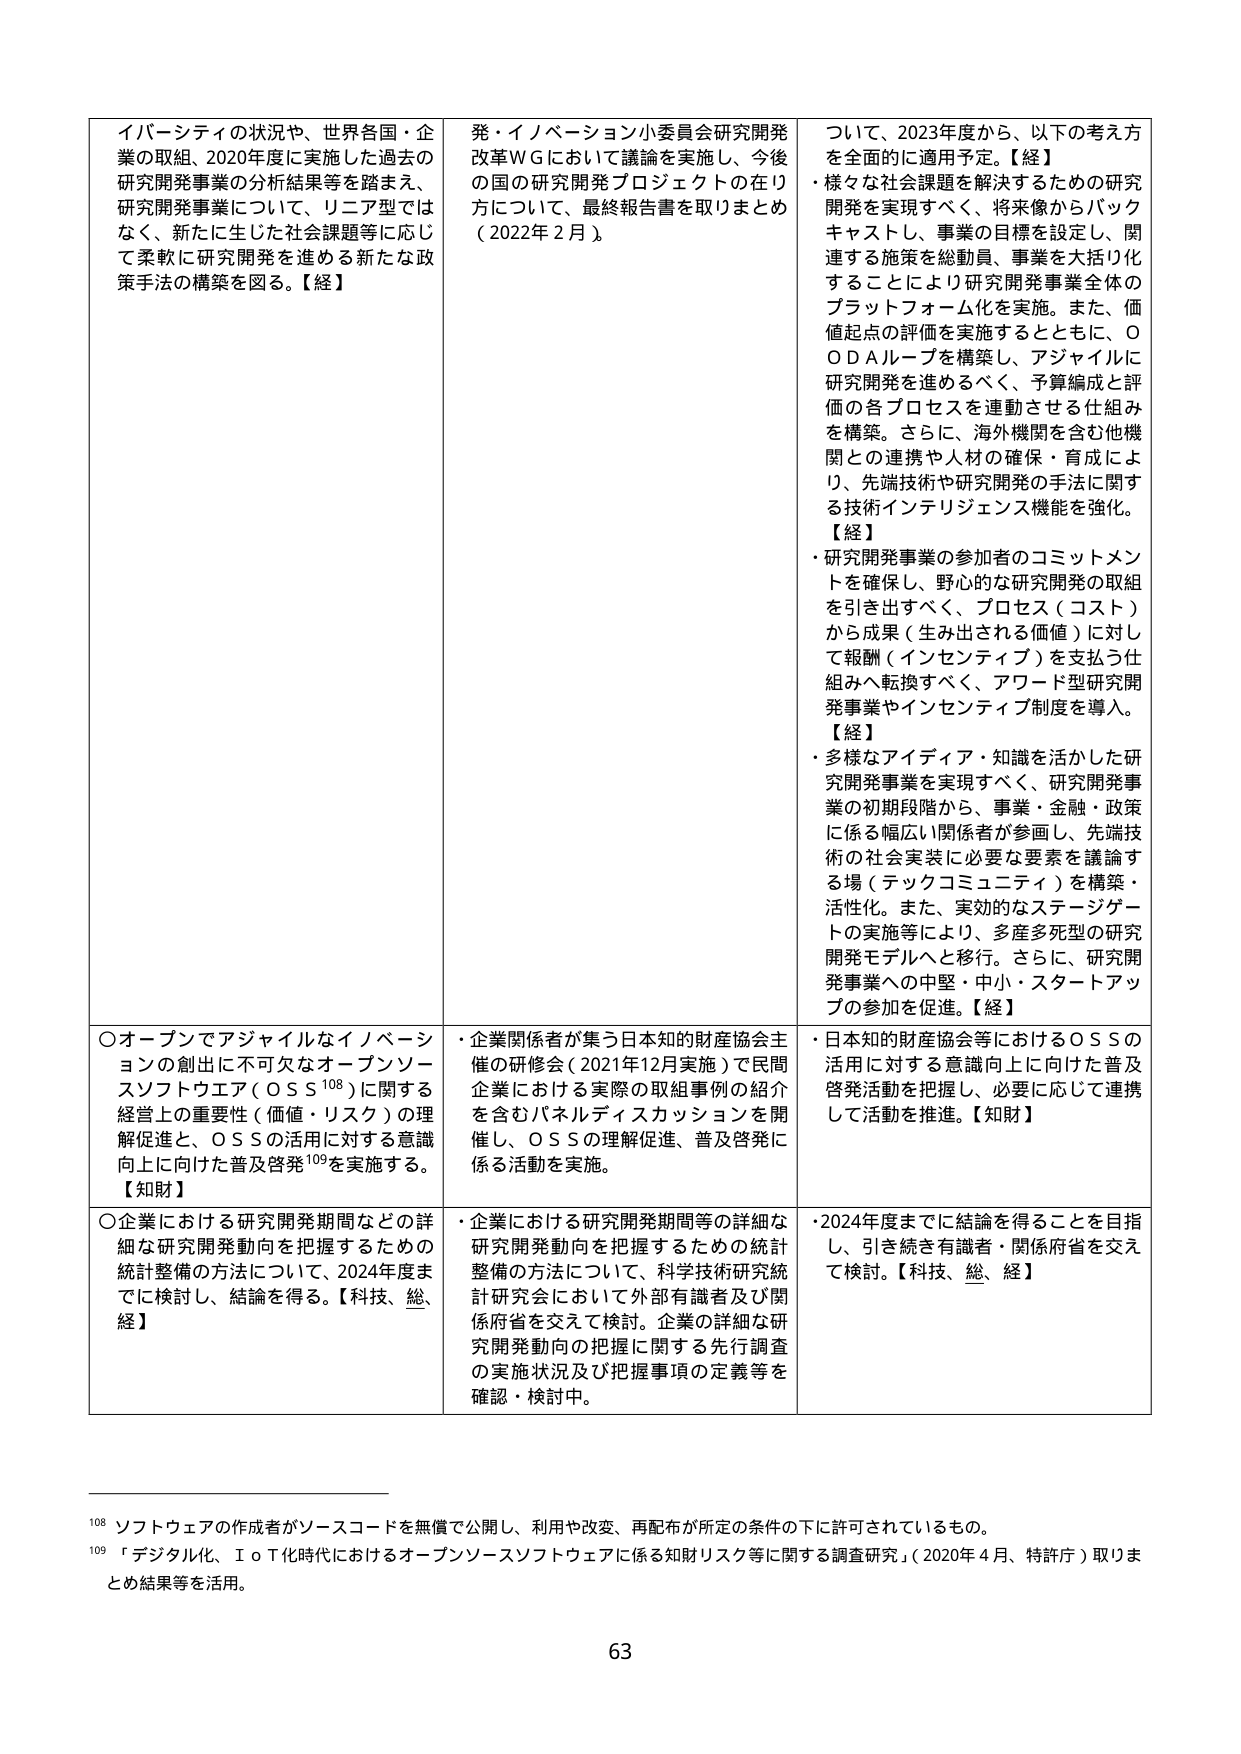
イバーシティの状況や、世界各国・企業の取組、2020年度に実施した過去の研究開発事業の分析結果等を踏まえ、研究開発事業について、リニア型ではなく、新たに生じた社会課題等に応じて柔軟に研究開発を進める新たな政策手法の構築を図る。【経】

発・イノベーション小委員会研究開発改革WGにおいて議論を実施し、今後の国の研究開発プロジェクトの在り方について、最終報告書を取りまとめ（2022年2月）。

ついて、2023年度から、以下の考え方を全面的に適用予定。【経】
・様々な社会課題を解決するための研究開発を実現すべく、将来像からバックキャストし、事業の目標を設定し、関連する施策を総動員、事業を大括り化することにより研究開発事業全体のプラットフォーム化を実施。また、価値起点の評価を実施するとともに、ＯＤＡループを構築し、アジャイルに研究開発を進めるべく、予算編成と評価の各プロセスを連動させる仕組みを構築。さらに、海外機関を含む他機関との連携や人材の確保・育成により、先端技術や研究開発の手法に関する技術インテリジェンス機能を強化。【経】
・研究開発事業の参加者のコミットメントを確保し、野心的な研究開発の取組を引き出すべく、プロセス（コスト）から成果（生み出される価値）に対して報酬（インセンティブ）を支払う仕組みへ転換すべく、アワード型研究開発事業やインセンティブ制度を導入。【経】
・多様なアイディア・知識を活かした研究開発事業を実現すべく、研究開発事業の初期段階から、事業・金融・政策に係る幅広い関係者が参画し、先端技術の社会実装に必要な要素を議論する場（テックコミュニティ）を構築・活性化。また、実効的なステージゲートの実施等により、多産多死型の研究開発モデルへと移行。さらに、研究開発事業への中堅・中小・スタートアップの参加を促進。【経】

〇オープンでアジャイルなイノベーションの創出に不可欠なオープンソースソフトウェア（ＯＳＳ¹⁰⁸）に関する経営上の重要性（価値・リスク）の理解促進と、ＯＳＳの活用に対する意識向上に向けた普及啓発¹⁰⁹を実施する。【知財】

・企業関係者が集う日本知的財産協会主催の研修会（2021年12月実施）で民間企業における実際の取組事例の紹介を含むパネルディスカッションを開催し、ＯＳＳの理解促進、普及啓発に係る活動を実施。

・日本知的財産協会等におけるＯＳＳの活用に対する意識向上に向けた普及啓発活動を把握し、必要に応じて連携して活動を推進。【知財】

〇企業における研究開発期間などの詳細な研究開発動向を把握するための統計整備の方法について、2024年度までに検討し、結論を得る。【科技、総、経】

・企業における研究開発期間等の詳細な研究開発動向を把握するための統計整備の方法について、科学技術研究統計研究会において外部有識者及び関係府省を交えて検討。企業の詳細な研究開発動向の把握に関する先行調査の実施状況及び把握事項の定義等を確認・検討中。

・2024年度までに結論を得ることを目指し、引き続き有識者・関係府省を交えて検討。【科技、総、経】

¹⁰⁸ ソフトウェアの作成者がソースコードを無償で公開し、利用や改変、再配布が所定の条件の下に許可されているもの。
¹⁰⁹ 「デジタル化、ＩｏＴ化時代におけるオープンソースソフトウェアに係る知財リスク等に関する調査研究」（2020年4月、特許庁）取りまとめ結果等を活用。

63